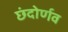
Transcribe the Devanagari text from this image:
छंदोर्णव